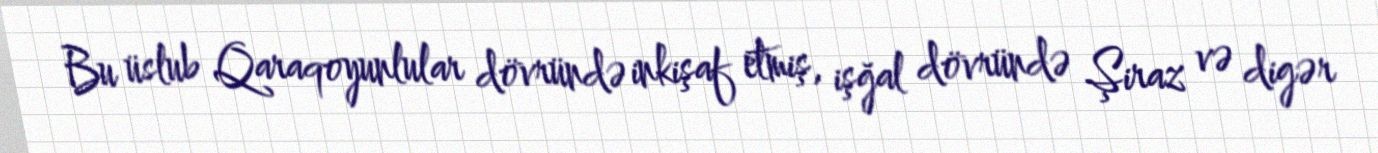
Bu üslub Qaraqoyunlular dövründə inkişaf etmiş, işğal dövründə Şiraz və digər